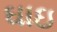
ઘાઇ